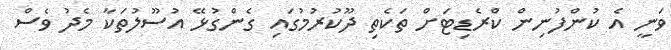
ވަނީ އެ ކުންފުނިން ކްރެޑިޓަށް ތަކެތި ދޫކުރުމުގައި ގެންގުޅޭ އުސޫލުތަކާ މެދު ވެސް